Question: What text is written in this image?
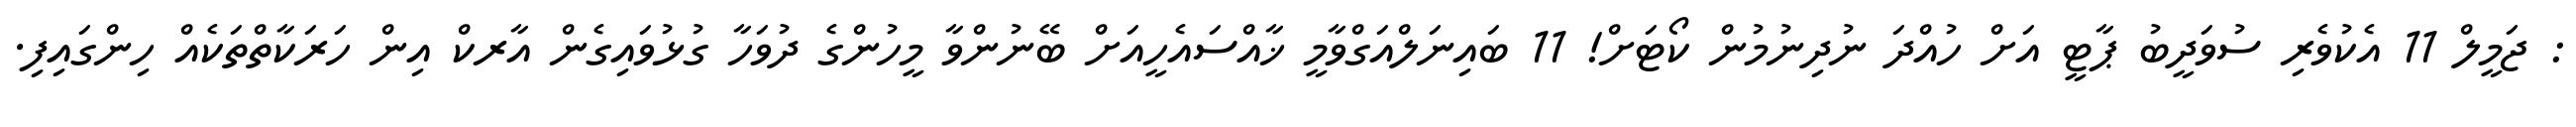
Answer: : ޖަމީލް 11 އެކުވެރި ސުވަދީބު ޕާޓީ އަށް ހުއްދަ ނުދިނުމުން ކޯޓަށް! 11 ބައިނަލްއަގްވާމީ ޚާއްސައެހީއަށް ބޭނުންވާ މީހުންގެ ދުވަހާ ގުޅުވައިގެން އާރކް އިން ހަރަކާތްތަކެއް ހިންގައިފި.